Virumaa_algkoolid, lk 71
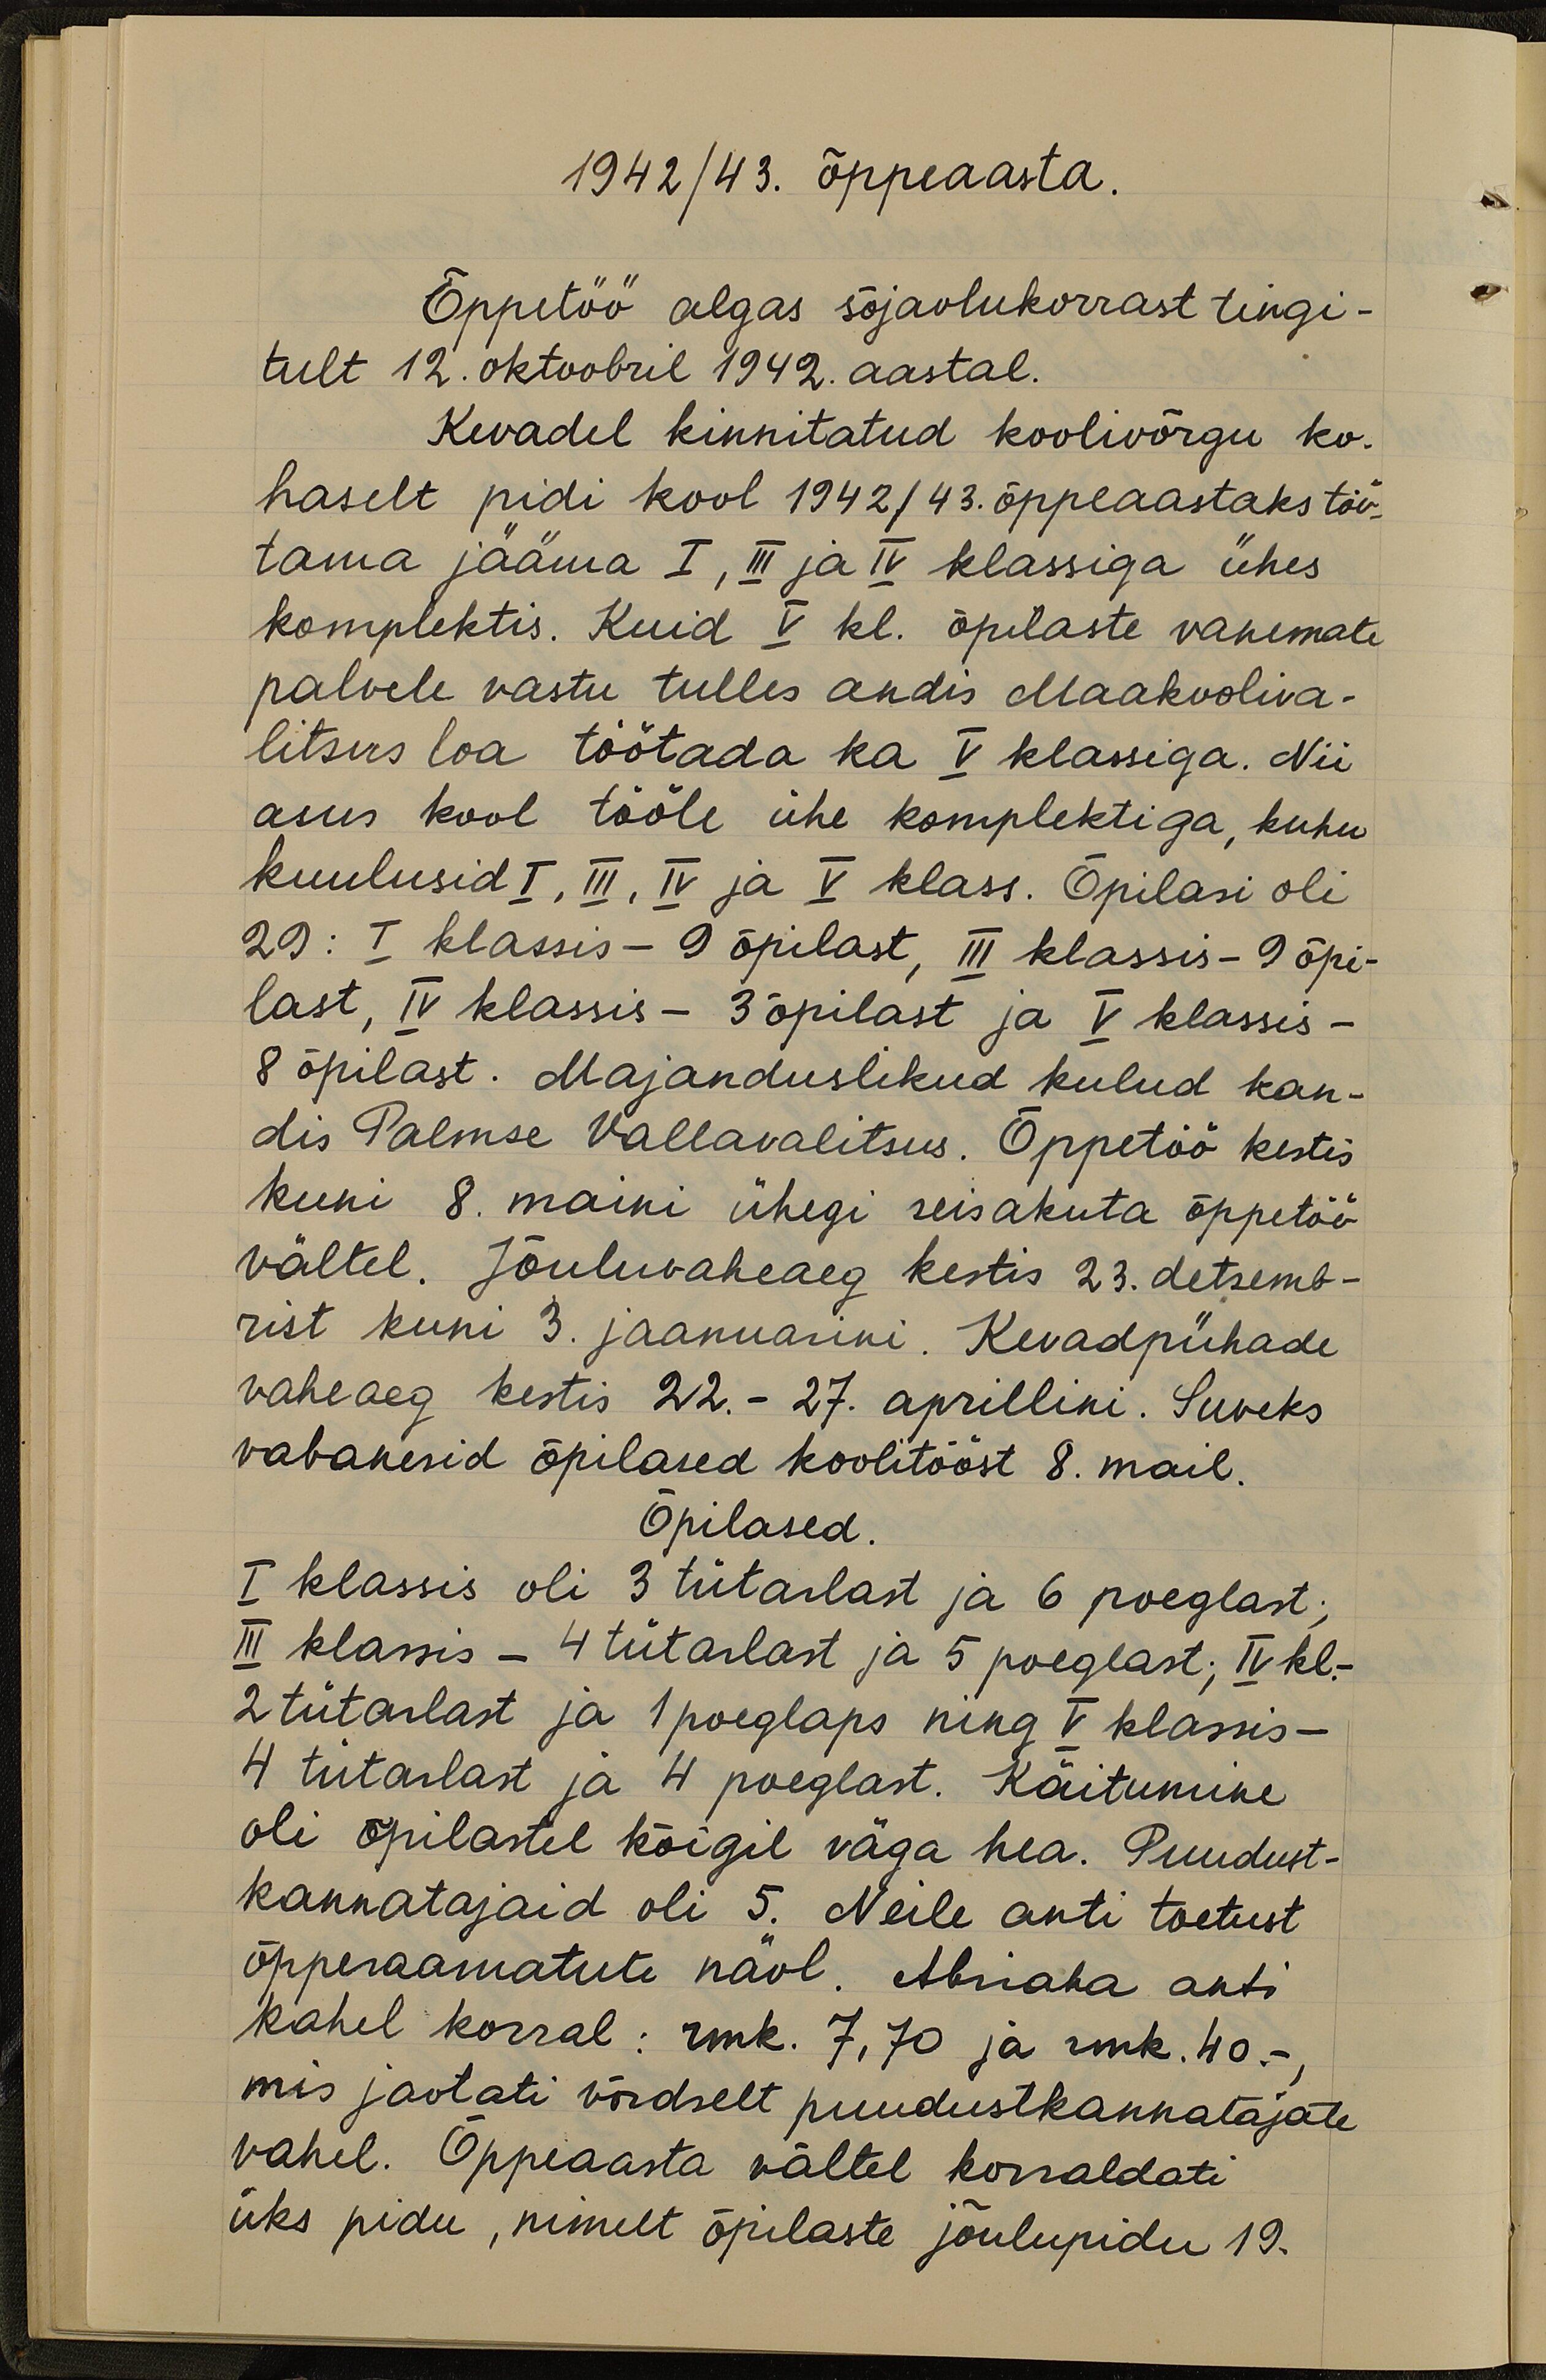
1942/43. õppeaasta.
Õppetöö algas sõjaolukorrast tingi-
tult 12. oktoobril 1942. aastal.
Kevadel kinnitatud koolivõrgu ko-
haselt pidi kool 1942/43. õppeaastaks töö-
tama jääma I, III ja IV klassiga ühes
komplektis. Kuid V kl. õpilaste vanemate
palvele vastu tulles andis Maakooliva-
litsus loa töötada ka V klassiga. Nii
asus kool tööle ühe komplektiga, kuhu
kuulusid I, III, IV ja V klass. Õpilasi oli
29: I klassis - 9 õpilast, III klassis - 9 õpi-
last, IV klassis - 3 õpilast ja V klassis -
8 õpilast. Majanduslikud kulud kan-
dis Palmse Vallavalitsus. Õppetöö kestis
kuni 8. maini ühegi seisakuta õppetöö-
vältel. Jõuluvaheaeg kestis 23. detsemb-
rist kuni 3. jaanuarini. Kevadpühade
vaheaeg kestis 22.- 27. aprillini. Suveks
vabanesid õpilased koolitööst 8. mail.
Õpilased.
I klassis oli 3 tütarlast ja 6 poeglast;
III klassis - 4 tütarlast ja 5 poeglast; IV kl. -
2 tütarlast ja 1 poeglaps ning V klassis -
4 tütarlast ja 4 poeglast. Käitumine
oli õpilastel kõigil väga hea. Puudust-
kannatajaid oli 5. Neile anti toetust
õpperaamatute näol. Abriaha anti
kahel korral: rmk. 7,70 ja rmk. 40.-
mis jaotati võrdselt puudustkannatajate
vahel. Õppeaasta vältel korraldati
üks pidu, nimelt õpilaste jõulupidu 19.